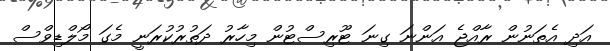
އަދި އެތަނުން ރާއްޖެ އަންނަ ގިނަ ޓޫރިސްޓުން މިހާރު ދަތުރުކުރަނީ މެގަ މޯލްޑިވްސް